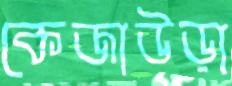
কেজাউড়া